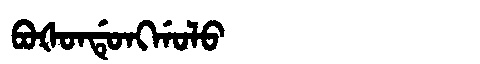
Manchu: ᠪᠣᡧᠣᠨᡩᡠᠩᡤᠣᠯᠣ
Romanization: BOŠONDUNGGOLO